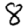
Digit: 8